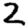
Digit: 2